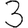
Digit: 3